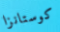
كوستانزا